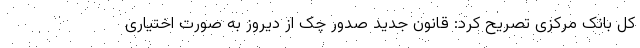
کل بانک مرکزی تصریح کرد: قانون جدید صدور چک از دیروز به صورت اختیاری